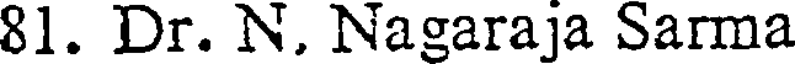
81. Dr. N, Nagaraja Sarma